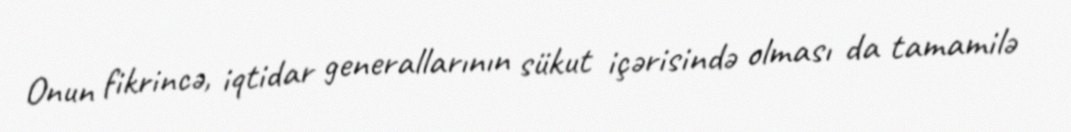
Onun fikrincə, iqtidar generallarının sükut içərisində olması da tamamilə